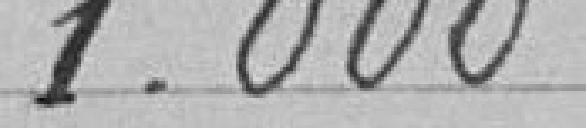
1.000